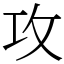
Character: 攻